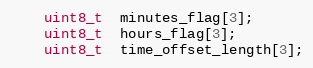
Language: C
    uint8_t  minutes_flag[3];
    uint8_t  hours_flag[3];
    uint8_t  time_offset_length[3];